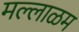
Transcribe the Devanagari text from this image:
मल्लाळम